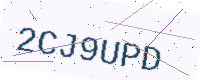
Text: 2CJ9UPD